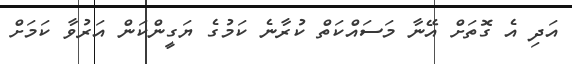
އަދި އެ ގޮތަށް އޭނާ މަސައްކަތް ކުރާނެ ކަމުގެ ޔަގީންކަން އަރުވާ ކަމަށް